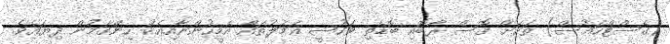
(ގެސްޓްހައުސް) ތަކަށް ގޮސް ރާބޮއި ބޮޑެތި ވަހުޝީ ޢަމަލުތައް އެމީހުންނާއިއެކު ހިންގަމުން ދިޔައެވެ.